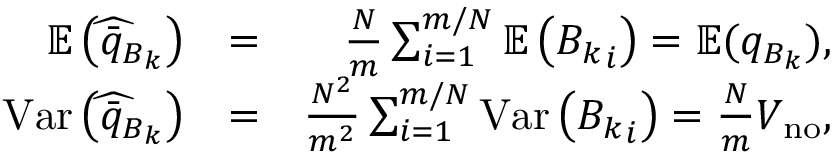
\begin{array} { r l r } { \mathbb { E } \left( \widehat { \bar { q } _ { B _ { k } } } \right) } & { = } & { \frac { N } { m } \sum _ { i = 1 } ^ { m / N } \mathbb { E } \left( { B _ { k } } _ { i } \right) = \mathbb { E } ( q _ { B _ { k } } ) , } \\ { \mathrm { V a r } \left( \widehat { \bar { q } _ { B _ { k } } } \right) } & { = } & { \frac { N ^ { 2 } } { m ^ { 2 } } \sum _ { i = 1 } ^ { m / N } \mathrm { V a r } \left( { B _ { k } } _ { i } \right) = \frac { N } { m } V _ { \mathrm { n o } } , } \end{array}